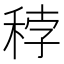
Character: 𥞳